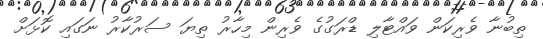
ތިބުނާ ވެރިކަން ވައްޓާލި ޑްރަގުގެ ވެރިން މިހާރު ތިޔަ ސަރުކާރު ނަގައި ކޮޅަށް